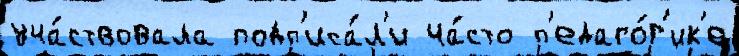
уча́ствовала подп'иса́л'и ча́сто п'едаго́г'ик'е